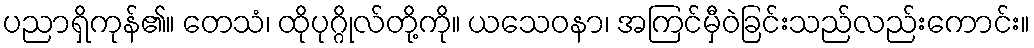
ပညာရှိကုန်၏။ တေသံ၊ ထိုပုဂ္ဂိုလ်တို့ကို။ ယသေဝနာ၊ အကြင်မှီဝဲခြင်းသည်လည်းကောင်း။